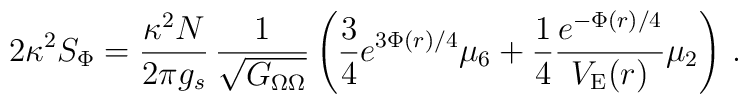
2\kappa^2 S_{\Phi} = {{\kappa^2 N}\over{2\pi g_s}}\,{1\over{\sqrt{G_{\Omega\Omega}}}} \left( {3 \over 4}{e^{3\Phi(r)/4}}\mu_6 + {1 \over 4} {e^{-\Phi(r)/4}\over V_{\rm E}(r)}\mu_2 \right)\,.